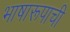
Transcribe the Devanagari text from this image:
भाषारूपाची